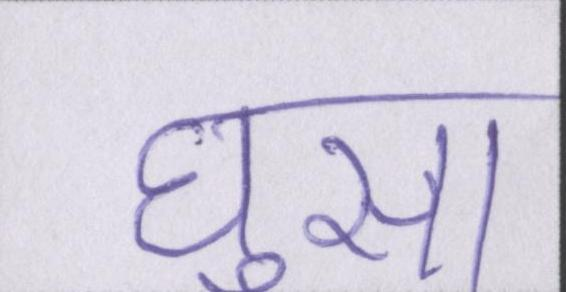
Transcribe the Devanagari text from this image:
घुसा